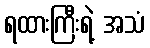
ရထားကြီးရဲ့ အသံ